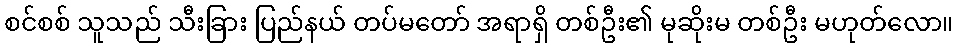
စင်စစ် သူသည် သီးခြား ပြည်နယ် တပ်မတော် အရာရှိ တစ်ဦး၏ မုဆိုးမ တစ်ဦး မဟုတ်လော။